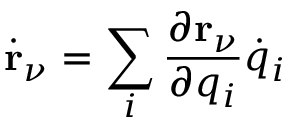
\dot { \mathbf { r } } _ { \nu } = \sum _ { i } \frac { \partial \mathbf { r } _ { \nu } } { \partial q _ { i } } \dot { q } _ { i }